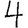
Digit: 4